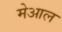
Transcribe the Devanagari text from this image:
मेआल